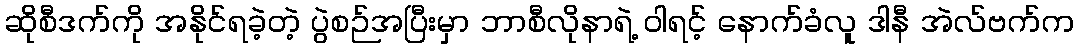
ဆိုစီဒက်ကို အနိုင်ရခဲ့တဲ့ ပွဲစဉ်အပြီးမှာ ဘာစီလိုနာရဲ့ ဝါရင့် နောက်ခံလူ ဒါနီ အဲလ်ဗက်က